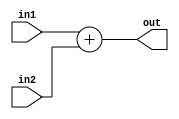
`timescale 1ns / 1ps
//////////////////////////////////////////////////////////////////////////////////
// Company: 
// Engineer: 
// 
// Design Name: 
// Module Name:    ADD 
// Project Name: 
// Target Devices: 
// Tool versions: 
// Description: 
//
// Dependencies: 
//
// Revision: 
// Revision 0.01 - File Created
// Additional Comments: 
//
//////////////////////////////////////////////////////////////////////////////////
module ADD(out,in1,in2);
input [15:0] in1,in2;
output reg[15:0] out;
always @(*)
out=in1+in2;
endmodule